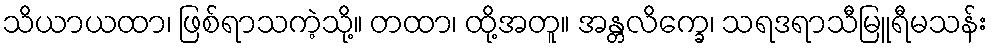
သိယာယထာ၊ ဖြစ်ရာသကဲ့သို့။ တထာ၊ ထို့အတူ။ အန္တလိက္ခေ၊ သရဒရာသီမြူရီမသန်း